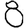
Digit: 8